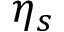
\eta _ { s }